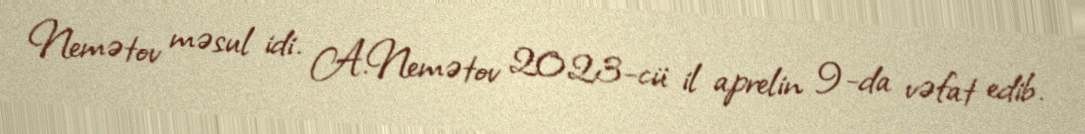
Nemətov məsul idi. A.Nemətov 2023-cü il aprelin 9-da vəfat edib.